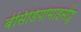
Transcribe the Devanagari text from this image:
बेसिडियोमाइसीट्स